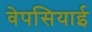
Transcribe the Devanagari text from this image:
वेपसियाई